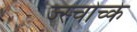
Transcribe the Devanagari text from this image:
ज्स्चोच्के